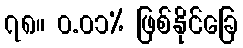
၇၈။ ၀.၀၁% ဖြစ်နိုင်ခြေ